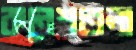
কনেশতলা